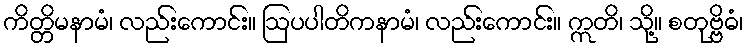
ကိတ္တိမနာမံ၊ လည်းကောင်း။ ဩပပါတိကနာမံ၊ လည်းကောင်း။ ဣတိ၊ သို့။ စတုဗ္ဗိဓံ၊